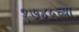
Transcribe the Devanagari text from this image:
१७४५च्या